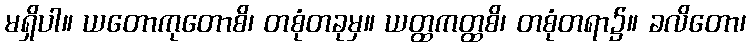
မရှိပါ။ ယတောကုတောစိ၊ တစုံတခုမှ။ ယတ္ထကတ္ထစိ၊ တစုံတရာ၌။ ခလိတော၊